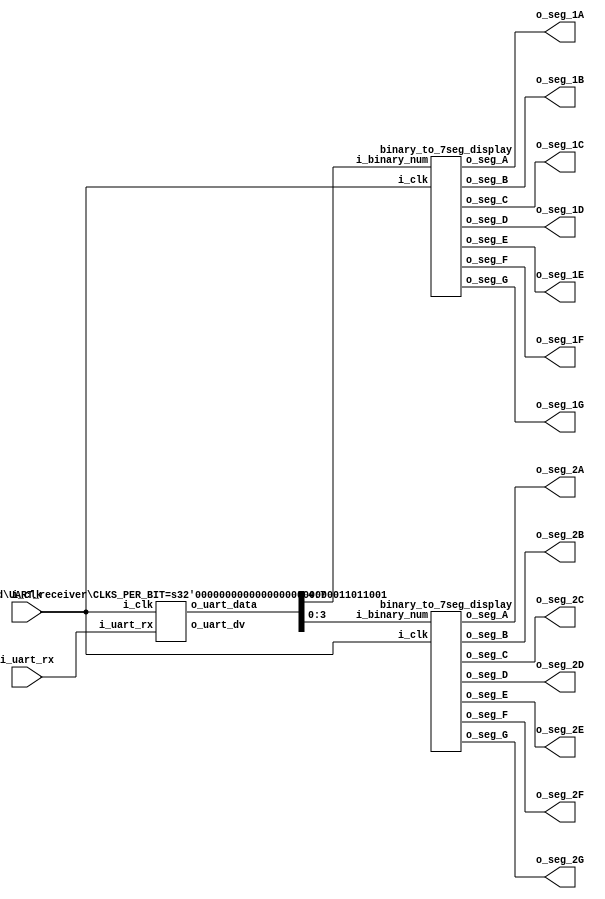
// UART receiver

// States:
//   IDLE: waits until the input signal goes low
//         then transitions to PREPARE.
//   PREPARE: waits for half a period to get to 
//            the center of the signal. Then transitions
//            to read bit
//   READ_BIT: store the current bit. Either goes to WAIT
//             or to DONE depending on how many bits were
//             already received
//   DONE: resets some counters and goes to IDLE

module UART_receive_and_show (
  input i_clk,
  input i_uart_rx,
  output o_seg_1A,
  output o_seg_1B,
  output o_seg_1C,
  output o_seg_1D,
  output o_seg_1E,
  output o_seg_1F,
  output o_seg_1G,
  output o_seg_2A,
  output o_seg_2B,
  output o_seg_2C,
  output o_seg_2D,
  output o_seg_2E,
  output o_seg_2F,
  output o_seg_2G
);
  
  wire w_uart_dv;
  wire [7:0] w_uart_data;
  wire [3:0] w_disp1_data;
  wire [3:0] w_disp2_data;
  
  assign w_disp_1_data = w_uart_data[3:0];
  assign w_disp_2_data = w_uart_data[7:4];
  
  UART_receiver #(.CLKS_PER_BIT(217)) UART_receiver_inst (
    .i_clk(i_clk),
    .i_uart_rx(i_uart_rx),
    .o_uart_dv(w_uart_dv),
    .o_uart_data(w_uart_data)
  );
  
  binary_to_7seg_display disp1 (
    .i_clk(i_clk),
    .i_binary_num(w_uart_data[7:4]),
    .o_seg_A(o_seg_1A),
    .o_seg_B(o_seg_1B),
    .o_seg_C(o_seg_1C),
    .o_seg_D(o_seg_1D),
    .o_seg_E(o_seg_1E),
    .o_seg_F(o_seg_1F),
    .o_seg_G(o_seg_1G)
  );
  
  binary_to_7seg_display disp2 (
    .i_clk(i_clk),
    .i_binary_num(w_uart_data[3:0]),
    .o_seg_A(o_seg_2A),
    .o_seg_B(o_seg_2B),
    .o_seg_C(o_seg_2C),
    .o_seg_D(o_seg_2D),
    .o_seg_E(o_seg_2E),
    .o_seg_F(o_seg_2F),
    .o_seg_G(o_seg_2G)
  );
  
endmodule

module UART_receiver #(parameter CLKS_PER_BIT = 217) (
  input i_clk,
  input i_uart_rx,
  output o_uart_dv,
  output [7:0] o_uart_data
);
  
  localparam IDLE      = 3'd0;
  localparam START_BIT = 3'd1;
  localparam READ_BIT  = 3'd2;
  localparam STOP_BIT  = 3'd3;
  localparam DONE      = 3'd4;
  
  reg [3:0] r_state      = 0;
  reg [$clog2(CLKS_PER_BIT-1):0] r_counter    = 0;
  reg [7:0] r_uart_data  = 0;
  reg [3:0] r_bit_index  = 0;
  reg       r_uart_dv    = 0;
  
  
  
  always @(posedge i_clk)
    begin
      
      case (r_state)
        
        IDLE:
          begin
            r_uart_dv <= 1'b0;
            r_counter <= 0;
            r_bit_index <= 0;
            
            if (~i_uart_rx)
              r_state <= START_BIT;
            else
              r_state <= IDLE;
          end
        
        START_BIT:
          begin
            if (r_counter == CLKS_PER_BIT/2)
              begin
                // Make sure that start bit is still zero. If it is, move
                // to reading data, otherwise, back to IDLE
                if (~i_uart_rx)
                  begin
                    r_state <= READ_BIT;
                    r_counter <= 0;
                  end
                else 
                  begin
                    r_state <= IDLE;
                  end
              end
            else
              begin
                r_counter <= r_counter + 1;
              end
          end 
        
        READ_BIT:
          begin
            if (r_counter == CLKS_PER_BIT) 
              begin
                r_uart_data[r_bit_index] = i_uart_rx;
                r_counter <= 0;
                
                // Check if we received all bits
                if (r_bit_index == 3'b111)
                  begin
                    r_state <= STOP_BIT;
                  end
                else
                  begin
                    r_state <= READ_BIT;
                  	r_bit_index <= r_bit_index + 1;
                  end
              end
            else
              begin
                r_counter <= r_counter + 1;
              end
            
              
          end
        
        STOP_BIT:
          begin
            if (r_counter == CLKS_PER_BIT-1)
              begin
                r_uart_dv <= 1'b1;
                r_state <= DONE;
              end
            else
              begin
                r_counter <= r_counter + 1;
              end
          end
        
        DONE:
          begin
            r_uart_dv <= 1'b0;
            r_counter <= 0;
            r_state <= IDLE;
          end
          
      endcase
      
    end
  
  assign o_uart_dv = r_uart_dv;
  assign o_uart_data = r_uart_data;
  
endmodule

module binary_to_7seg_display(
  input i_clk, // do I really need it, or should I just hard wire
  input [3:0] i_binary_num,
  output o_seg_A,
  output o_seg_B,
  output o_seg_C,
  output o_seg_D,
  output o_seg_E,
  output o_seg_F,
  output o_seg_G
);
  
  reg [6:0] r_hex_encoding;
  
  always @(posedge i_clk)
    begin
      case (i_binary_num)
        4'b0000 : r_hex_encoding <= 7'b1111110; // 0
        4'b0001 : r_hex_encoding <= 7'b0110000; // 1
        4'b0010 : r_hex_encoding <= 7'b1101101; // 2
        4'b0011 : r_hex_encoding <= 7'b1111001; // 3
        4'b0100 : r_hex_encoding <= 7'b0110011; // 4
        4'b0101 : r_hex_encoding <= 7'b1011011; // 5
        4'b0110 : r_hex_encoding <= 7'b1011111; // 6
        4'b0111 : r_hex_encoding <= 7'b1110000; // 7
        4'b1000 : r_hex_encoding <= 7'b1111111; // 8
        4'b1001 : r_hex_encoding <= 7'b1111011; // 9
        4'b1010 : r_hex_encoding <= 7'b1110111; // A
        4'b1011 : r_hex_encoding <= 7'b0011111; // B
        4'b1100 : r_hex_encoding <= 7'b1001110; // C
        4'b1101 : r_hex_encoding <= 7'b0111101; // D
        4'b1110 : r_hex_encoding <= 7'b1001111; // E
        4'b1111 : r_hex_encoding <= 7'b1000111; // F
      endcase
    end      
    
  // Need to invert connections
  assign o_seg_A = ~r_hex_encoding[6];
  assign o_seg_B = ~r_hex_encoding[5];
  assign o_seg_C = ~r_hex_encoding[4];
  assign o_seg_D = ~r_hex_encoding[3];
  assign o_seg_E = ~r_hex_encoding[2];
  assign o_seg_F = ~r_hex_encoding[1];
  assign o_seg_G = ~r_hex_encoding[0];
  
endmodule